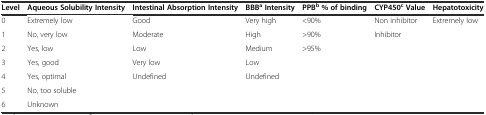
<table><thead><tr><td><b>Level</b></td><td><b>Aqueous Solubility Intensity</b></td><td><b>Intestinal Absorption Intensity</b></td><td><b>BBB<sup>a</sup>Intensity</b></td><td><b>PPB<sup>b</sup>% of binding</b></td><td><b>CYP450<sup>c</sup>Value</b></td><td><b>Hepatotoxicity</b></td></tr></thead><tbody><tr><td>0</td><td>Extremely low</td><td>Good</td><td>Very high</td><td>&lt;90%</td><td>Non inhibitor</td><td>Extremely low</td></tr><tr><td>1</td><td>No, very low</td><td>Moderate</td><td>High</td><td>&gt;90%</td><td>Inhibitor</td><td></td></tr><tr><td>2</td><td>Yes, low</td><td>Low</td><td>Medium</td><td>&gt;95%</td><td></td><td></td></tr><tr><td>3</td><td>Yes, good</td><td>Very low</td><td>Low</td><td></td><td></td><td></td></tr><tr><td>4</td><td>Yes, optimal</td><td>Undefined</td><td>Undefined</td><td></td><td></td><td></td></tr><tr><td>5</td><td>No, too soluble</td><td></td><td></td><td></td><td></td><td></td></tr><tr><td>6</td><td>Unknown</td><td></td><td></td><td></td><td></td><td></td></tr></tbody></table>